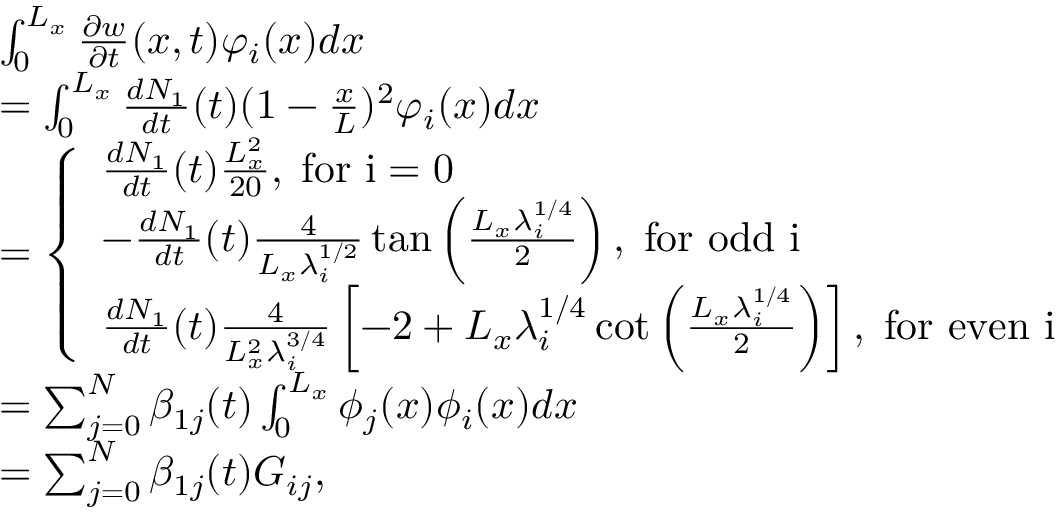
\begin{array} { r l } & { \int _ { 0 } ^ { L _ { x } } \frac { \partial w } { \partial t } ( x , t ) \varphi _ { i } ( x ) d x } \\ & { = \int _ { 0 } ^ { L _ { x } } \frac { d N _ { 1 } } { d t } ( t ) ( 1 - \frac { x } { L } ) ^ { 2 } \varphi _ { i } ( x ) d x } \\ & { = \left\{ \begin{array} { l l } { \frac { d N _ { 1 } } { d t } ( t ) \frac { L _ { x } ^ { 2 } } { 2 0 } , \; \mathrm { f o r ~ i = 0 ~ } } \\ { - \frac { d N _ { 1 } } { d t } ( t ) \frac { 4 } { L _ { x } \lambda _ { i } ^ { 1 / 2 } } \tan \left( \frac { L _ { x } \lambda _ { i } ^ { 1 / 4 } } { 2 } \right) , \; \mathrm { f o r ~ o d d ~ i ~ } } \\ { \frac { d N _ { 1 } } { d t } ( t ) \frac { 4 } { L _ { x } ^ { 2 } \lambda _ { i } ^ { 3 / 4 } } \left[ - 2 + L _ { x } \lambda _ { i } ^ { 1 / 4 } \cot \left( \frac { L _ { x } \lambda _ { i } ^ { 1 / 4 } } { 2 } \right) \right] , \; \mathrm { f o r ~ e v e n ~ i ~ } } \end{array} \right. } \\ & { = \sum _ { j = 0 } ^ { N } \beta _ { 1 j } ( t ) \int _ { 0 } ^ { L _ { x } } \phi _ { j } ( x ) \phi _ { i } ( x ) d x } \\ & { = \sum _ { j = 0 } ^ { N } \beta _ { 1 j } ( t ) G _ { i j } , } \end{array}